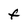
Character: F